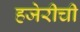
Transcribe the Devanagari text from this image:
हजेरीची